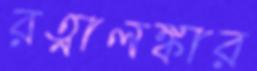
রত্নালঙ্কার